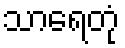
သာရေတုံ